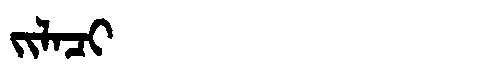
Manchu: ᠵᡳᠯᠠᠴᡳ
Romanization: JILACI